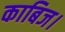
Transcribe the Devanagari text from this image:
काबिज।